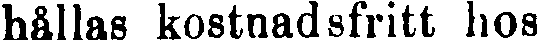
hållas kostnadsfritt hos